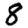
Digit: 8